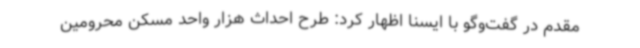
مقدم در گفت‌وگو با ایسنا اظهار کرد: طرح احداث هزار واحد مسکن محرومین